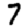
Digit: 7